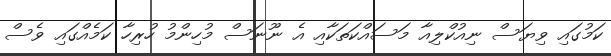
ކަމުގައި ވިޔަސް ނިއުކްލިއާ މަސައްކަތަކާއި އެ ނޫނަސް މުހިންމު ހުރިހާ ކަމެއްގައި ވެސް